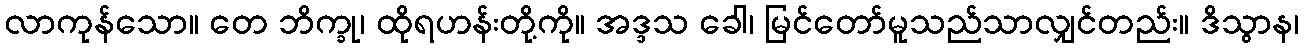
လာကုန်သော။ တေ ဘိက္ခု၊ ထိုရဟန်းတို့ကို။ အဒ္ဒသ ခေါ၊ မြင်တော်မူသည်သာလျှင်တည်း။ ဒိသွာန၊